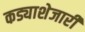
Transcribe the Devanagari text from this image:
कड्याशेजारी